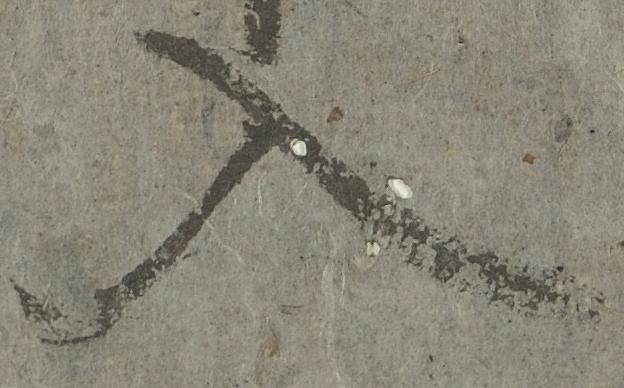
入